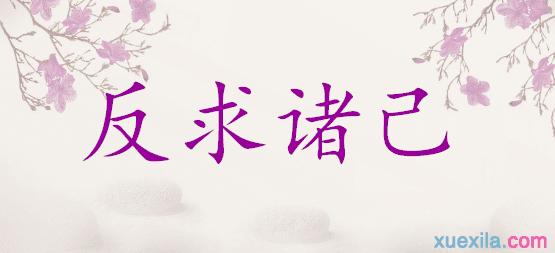
仁者如射，射者正己而后发。发而不中，不怨胜己者，反求诸己而已矣。